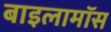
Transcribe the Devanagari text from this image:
बाइलामॉस